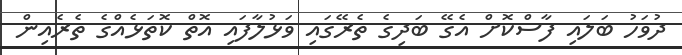
ދުވަހު ބަލައި ފާސްކޮށް އެގޭ ބަދިގެ ތެރޭގައި ވަޅުލާފައި އޮތް ކޮތަޅެއްގެ ތެރެއިން